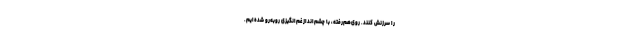
را سرزنش کنند. روی‌هم‌رفته، با چشم‌انداز غم‌انگیزی روبه‌رو شده‌ایم.